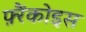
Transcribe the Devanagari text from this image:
फ़्रैंकोइस